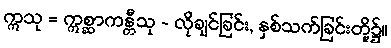
ဣသု = ဣစ္ဆာကန္တီသု - လိုချင်ခြင်း, နှစ်သက်ခြင်းတို့၌။